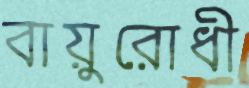
বায়ুরোধী